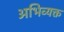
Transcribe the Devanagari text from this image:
अभिव्‍यक्त